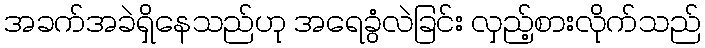
အခက်အခဲရှိနေသည်ဟု အရေခွံလဲခြင်း လှည့်စားလိုက်သည်